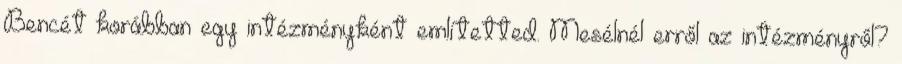
Bencét korábban egy intézményként említetted. Mesélnél erről az intézményről?